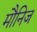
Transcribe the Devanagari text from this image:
मौनिज